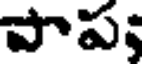
పాప;